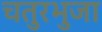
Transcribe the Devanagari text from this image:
चतुरभुजा